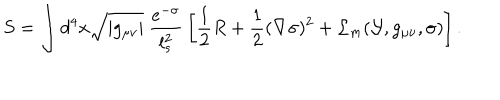
S = \int d ^ { 4 } x \sqrt { | g _ { \mu \nu } | } \ \frac { e ^ { - \sigma } } { l _ { s } ^ { 2 } } \, \left[ { \frac { 1 } { 2 } } R + { \frac { 1 } { 2 } } ( \nabla \sigma ) ^ { 2 } + { \cal L } _ { m } ( { \cal Y } , g _ { \mu \nu } , \sigma ) \right] .